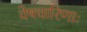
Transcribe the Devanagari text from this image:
वेषधारिणाः